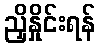
ညှိနှိုင်းရန်